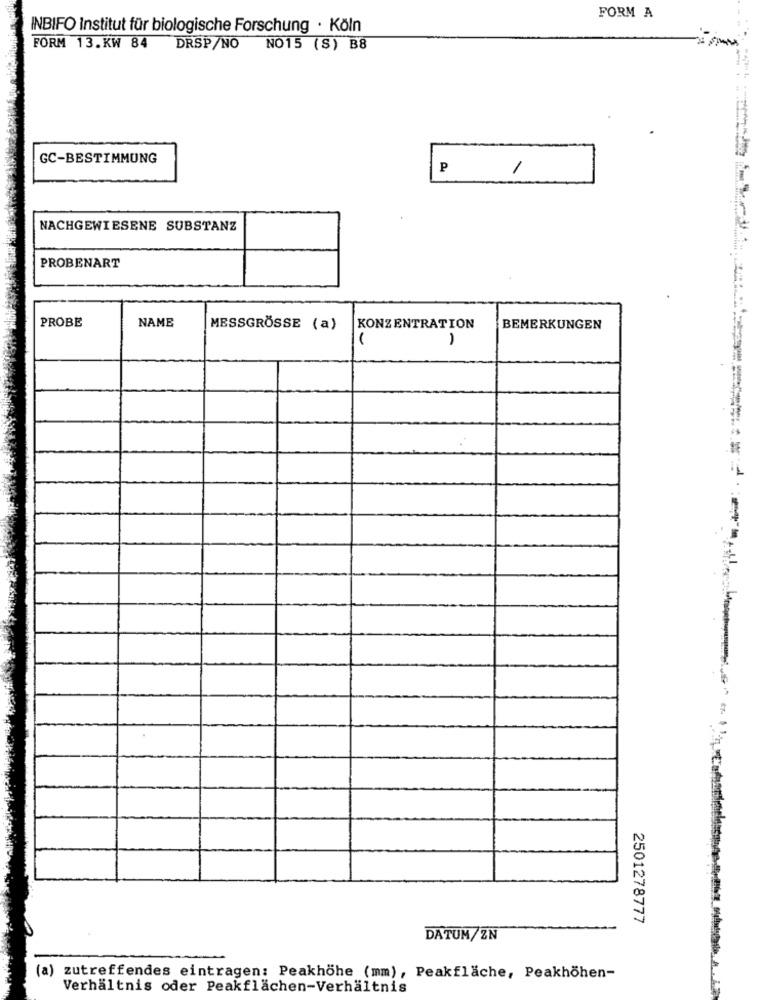
FORM A
INBIFO Institut für biologische Forschung · Köln
FORM 13.KW 84 DRSP/NO NO15 (S) B8
GC-BESTIMMUNG
P
1
NACHGEWIESENE SUBSTANZ
PROBENART
PROBE
NAME
MESSGRÖSSE (a)
KONZENTRATION
BEMERKUNGEN
-
-
-
2501278777
DATUM/ZN
(a) zutreffendes eintragen: Peakhöhe (mm), Peakfläche, Peakhöhen-
Verhältnis oder Peakflächen-Verhältnis